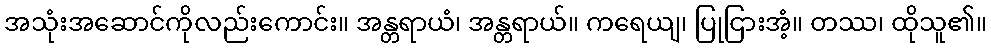
အသုံးအဆောင်ကိုလည်းကောင်း။ အန္တရာယံ၊ အန္တရာယ်။ ကရေယျ၊ ပြုငြားအံ့။ တဿ၊ ထိုသူ၏။